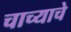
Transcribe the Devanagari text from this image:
चाच्याचे